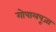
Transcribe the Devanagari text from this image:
गोपालपूजा